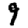
Digit: 9